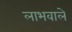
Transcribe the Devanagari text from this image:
लाभवाले